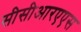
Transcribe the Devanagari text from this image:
सीसीआरएएस